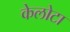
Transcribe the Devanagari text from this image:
केलोटा